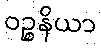
ဝဉ္စနိယာ